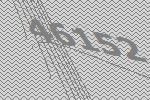
46152